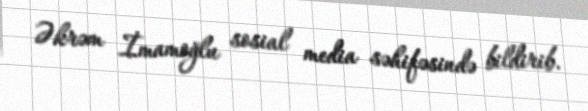
Əkrəm İmamoğlu sosial media səhifəsində bildirib.